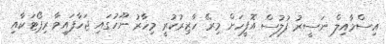
އިސްމާއިލް ނަސީރު ފުލުސް އޮފީހަށް މިރޭ ހާޒިރުކުރީ މިހާރު ނޫހުގައި ޖަހާފައިވާ ރިޕޯޓަކާއި